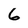
Character: 6